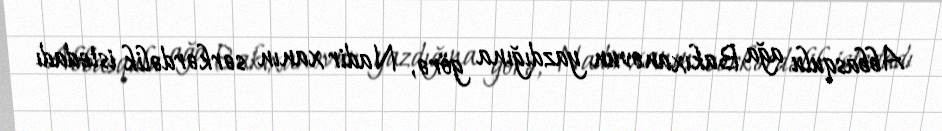
Abbasqulu ağa Bakıxanovun yazdığına görə, Nadir xanın sərkərdəlik istedadı